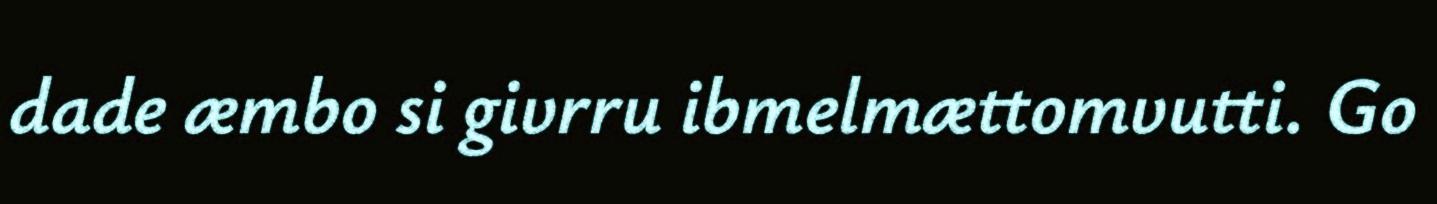
dade æmbo si givrru ibmelmættomvutti. Go